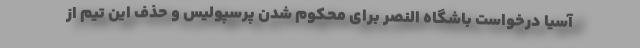
آسیا درخواست باشگاه النصر برای محکوم شدن پرسپولیس و حذف این تیم از